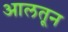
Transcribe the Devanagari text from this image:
आलतून